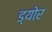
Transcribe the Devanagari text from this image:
ड्योर